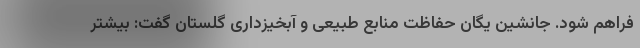
فراهم شود. جانشین یگان حفاظت منابع طبیعی و آبخیزداری گلستان گفت: بیشتر